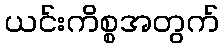
ယင်းကိစ္စအတွက်